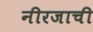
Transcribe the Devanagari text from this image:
नीरजाची